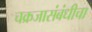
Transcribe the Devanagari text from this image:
चक्रजासंबंधीचा